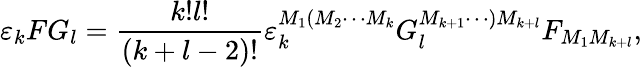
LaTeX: \varepsilon_{k}FG_{l}=\frac{k!l!}{\left(k+l-2\right)!}\varepsilon_{k}^{M_{1}(M_{2}\cdots M_{k}}G_{l}^{M_{k+1}\cdots)M_{k+l}}F_{M_{1}M_{k+l}},